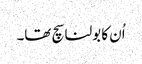
اُن کا بولنا سچ تھا۔